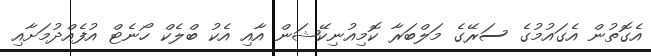
އެގޮތުން އެގައުމުގެ ސަރޭގެ މަލްބަރާ ކޮމިއުނިކޭޝަން އާއި އެކު ބްލެކް ހޯނެޓް އުފެއްދުމަށާއި